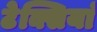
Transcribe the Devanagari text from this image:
टेक्सियां